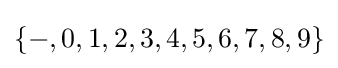
\{-,0,1,2,3,4,5,6,7,8,9\}